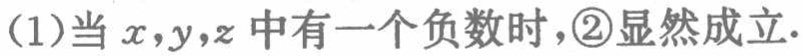
(1)当\(x,y,z\)中有一个负数时，\textcircled{2}显然成立.